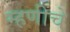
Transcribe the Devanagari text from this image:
म्हणींचे